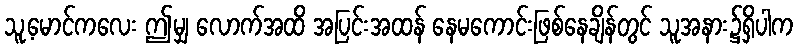
သူ့မောင်ကလေး ဤမျှ လောက်အထိ အပြင်းအထန် နေမကောင်းဖြစ်နေချိန်တွင် သူအနား၌ရှိပါက